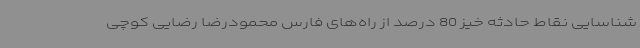
شناسایی نقاط حادثه خیز 80 درصد از راه‌های فارس محمودرضا رضایی کوچی